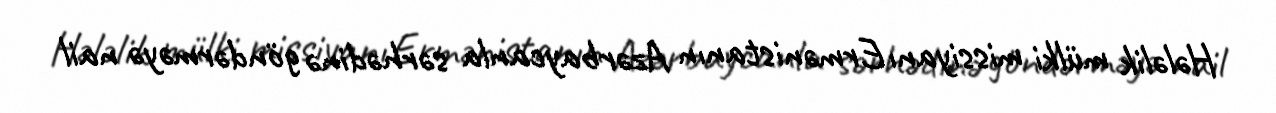
Hələlik mülki missiyanı Ermənistanın Azərbaycanla sərhədinə göndərməyə nail